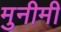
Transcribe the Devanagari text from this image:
मुनीमी